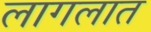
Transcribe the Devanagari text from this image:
लागलात